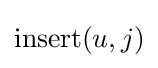
\operatorname {insert} (u,j)